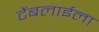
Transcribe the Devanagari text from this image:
टेंबलाईला